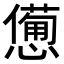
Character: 𢣍